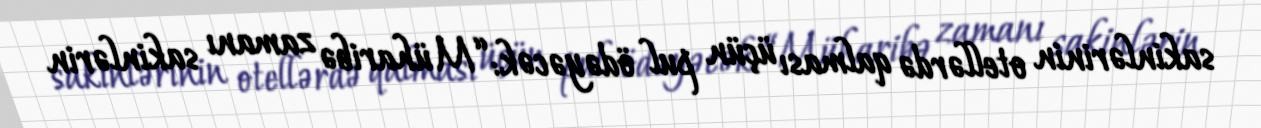
sakinlərinin otellərdə qalması üçün pul ödəyəcək: “Müharibə zamanı sakinlərin